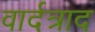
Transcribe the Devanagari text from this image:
वार्दत्राद